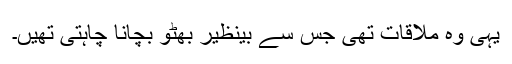
یہی وہ ملاقات تھی جس سے بینظیر بھٹو بچانا چاہتی تھیں۔